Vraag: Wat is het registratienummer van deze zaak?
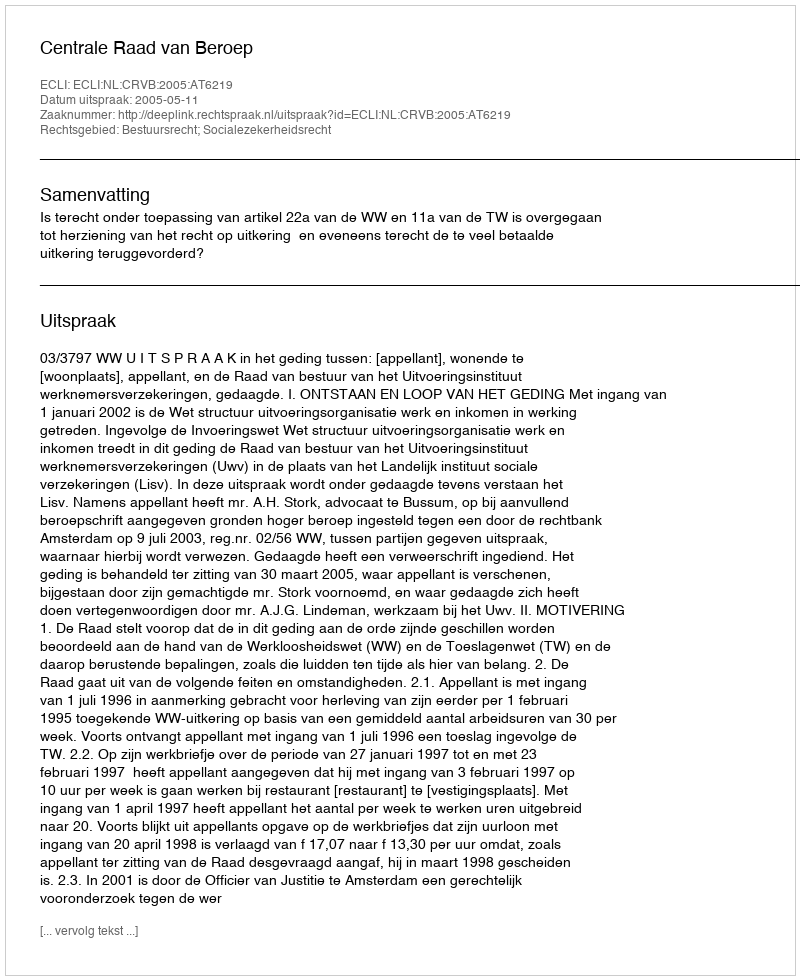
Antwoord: http://deeplink.rechtspraak.nl/uitspraak?id=ECLI:NL:CRVB:2005:AT6219